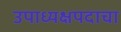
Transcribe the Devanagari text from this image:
उपाध्यक्षपदाचा